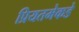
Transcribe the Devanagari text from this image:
प्रियतमेकडे